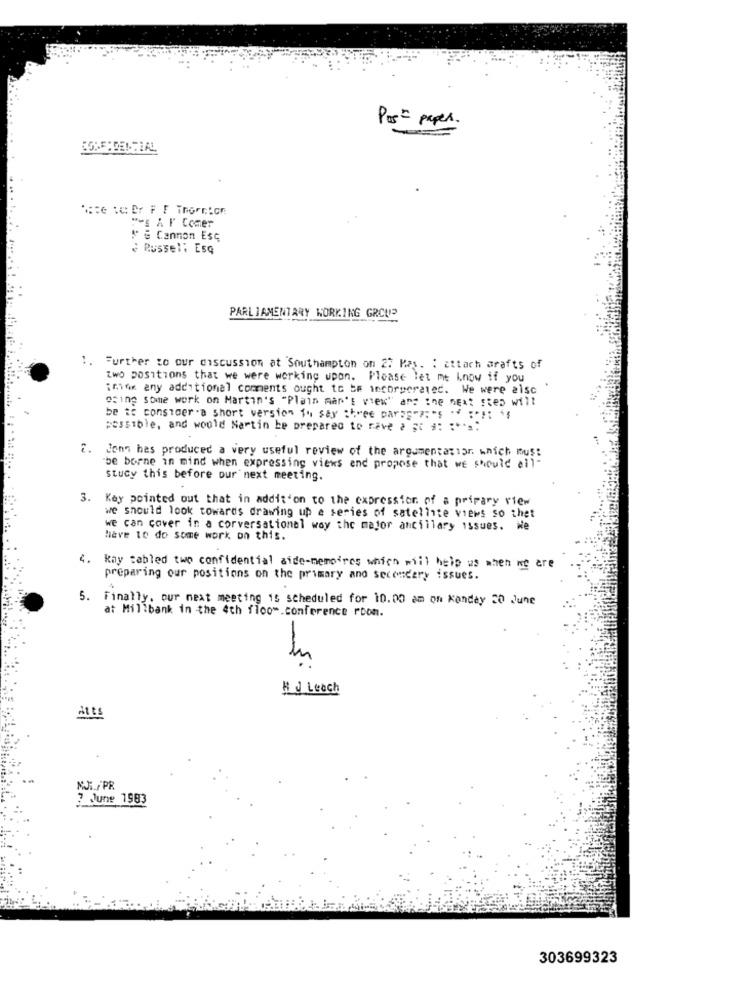
Pos - paper.
SOME :DENTIAL
"es A l' Comer
M é Cannon Esq
Russel: Esq
PARLIAMENTARY WORKING GROUP
:. Further to our discussion at Southampton on 27 Kas. : attach grafts of
two positions that we were working upon. Please let me know if you
imax any additional comments ought to be incorporated. We were alsc
"fine some work on Martin's "Plain man's view"" and ine next step will
be to consider a short version to say :tree para-> :** ***!:
possible, and would Nartin be prepared to rave > Fc #: :** s:
2. Jons hes produced a very useful review of the argumentatior. which must
be borne in mind when expressing views and propose that we should all-
stucy this before our next meeting.
3. Kay pointed out that in addition to the expression of a primary riew
we should look towards drawing up e series of satellite views so thet
we can cover in a corversationel way the major ancillary issues. We
have to do some work on this.
kay tabled two confidential aide-memoires which will help us when we are
preparing our positions on the primary and secondary issues.
5. Finally. our next meeting is scheduled for 10.00 am on Konday 20 June
at Millbank in the 4th floor.conference room.
HJ Leach
att's
M/PR
7 June 1983
303699323